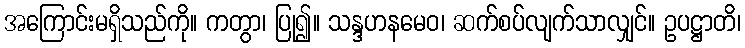
အကြောင်းမရှိသည်ကို။ ကတွာ၊ ပြု၍။ သန္ဒဟနမေဝ၊ ဆက်စပ်လျက်သာလျှင်။ ဥပဋ္ဌာတိ၊